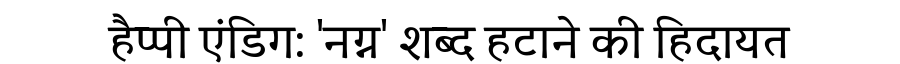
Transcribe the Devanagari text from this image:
हैप्पी एंडिग: 'नग्न' शब्द हटाने की हिदायत